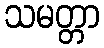
သမတ္တာ